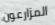
المزارعون